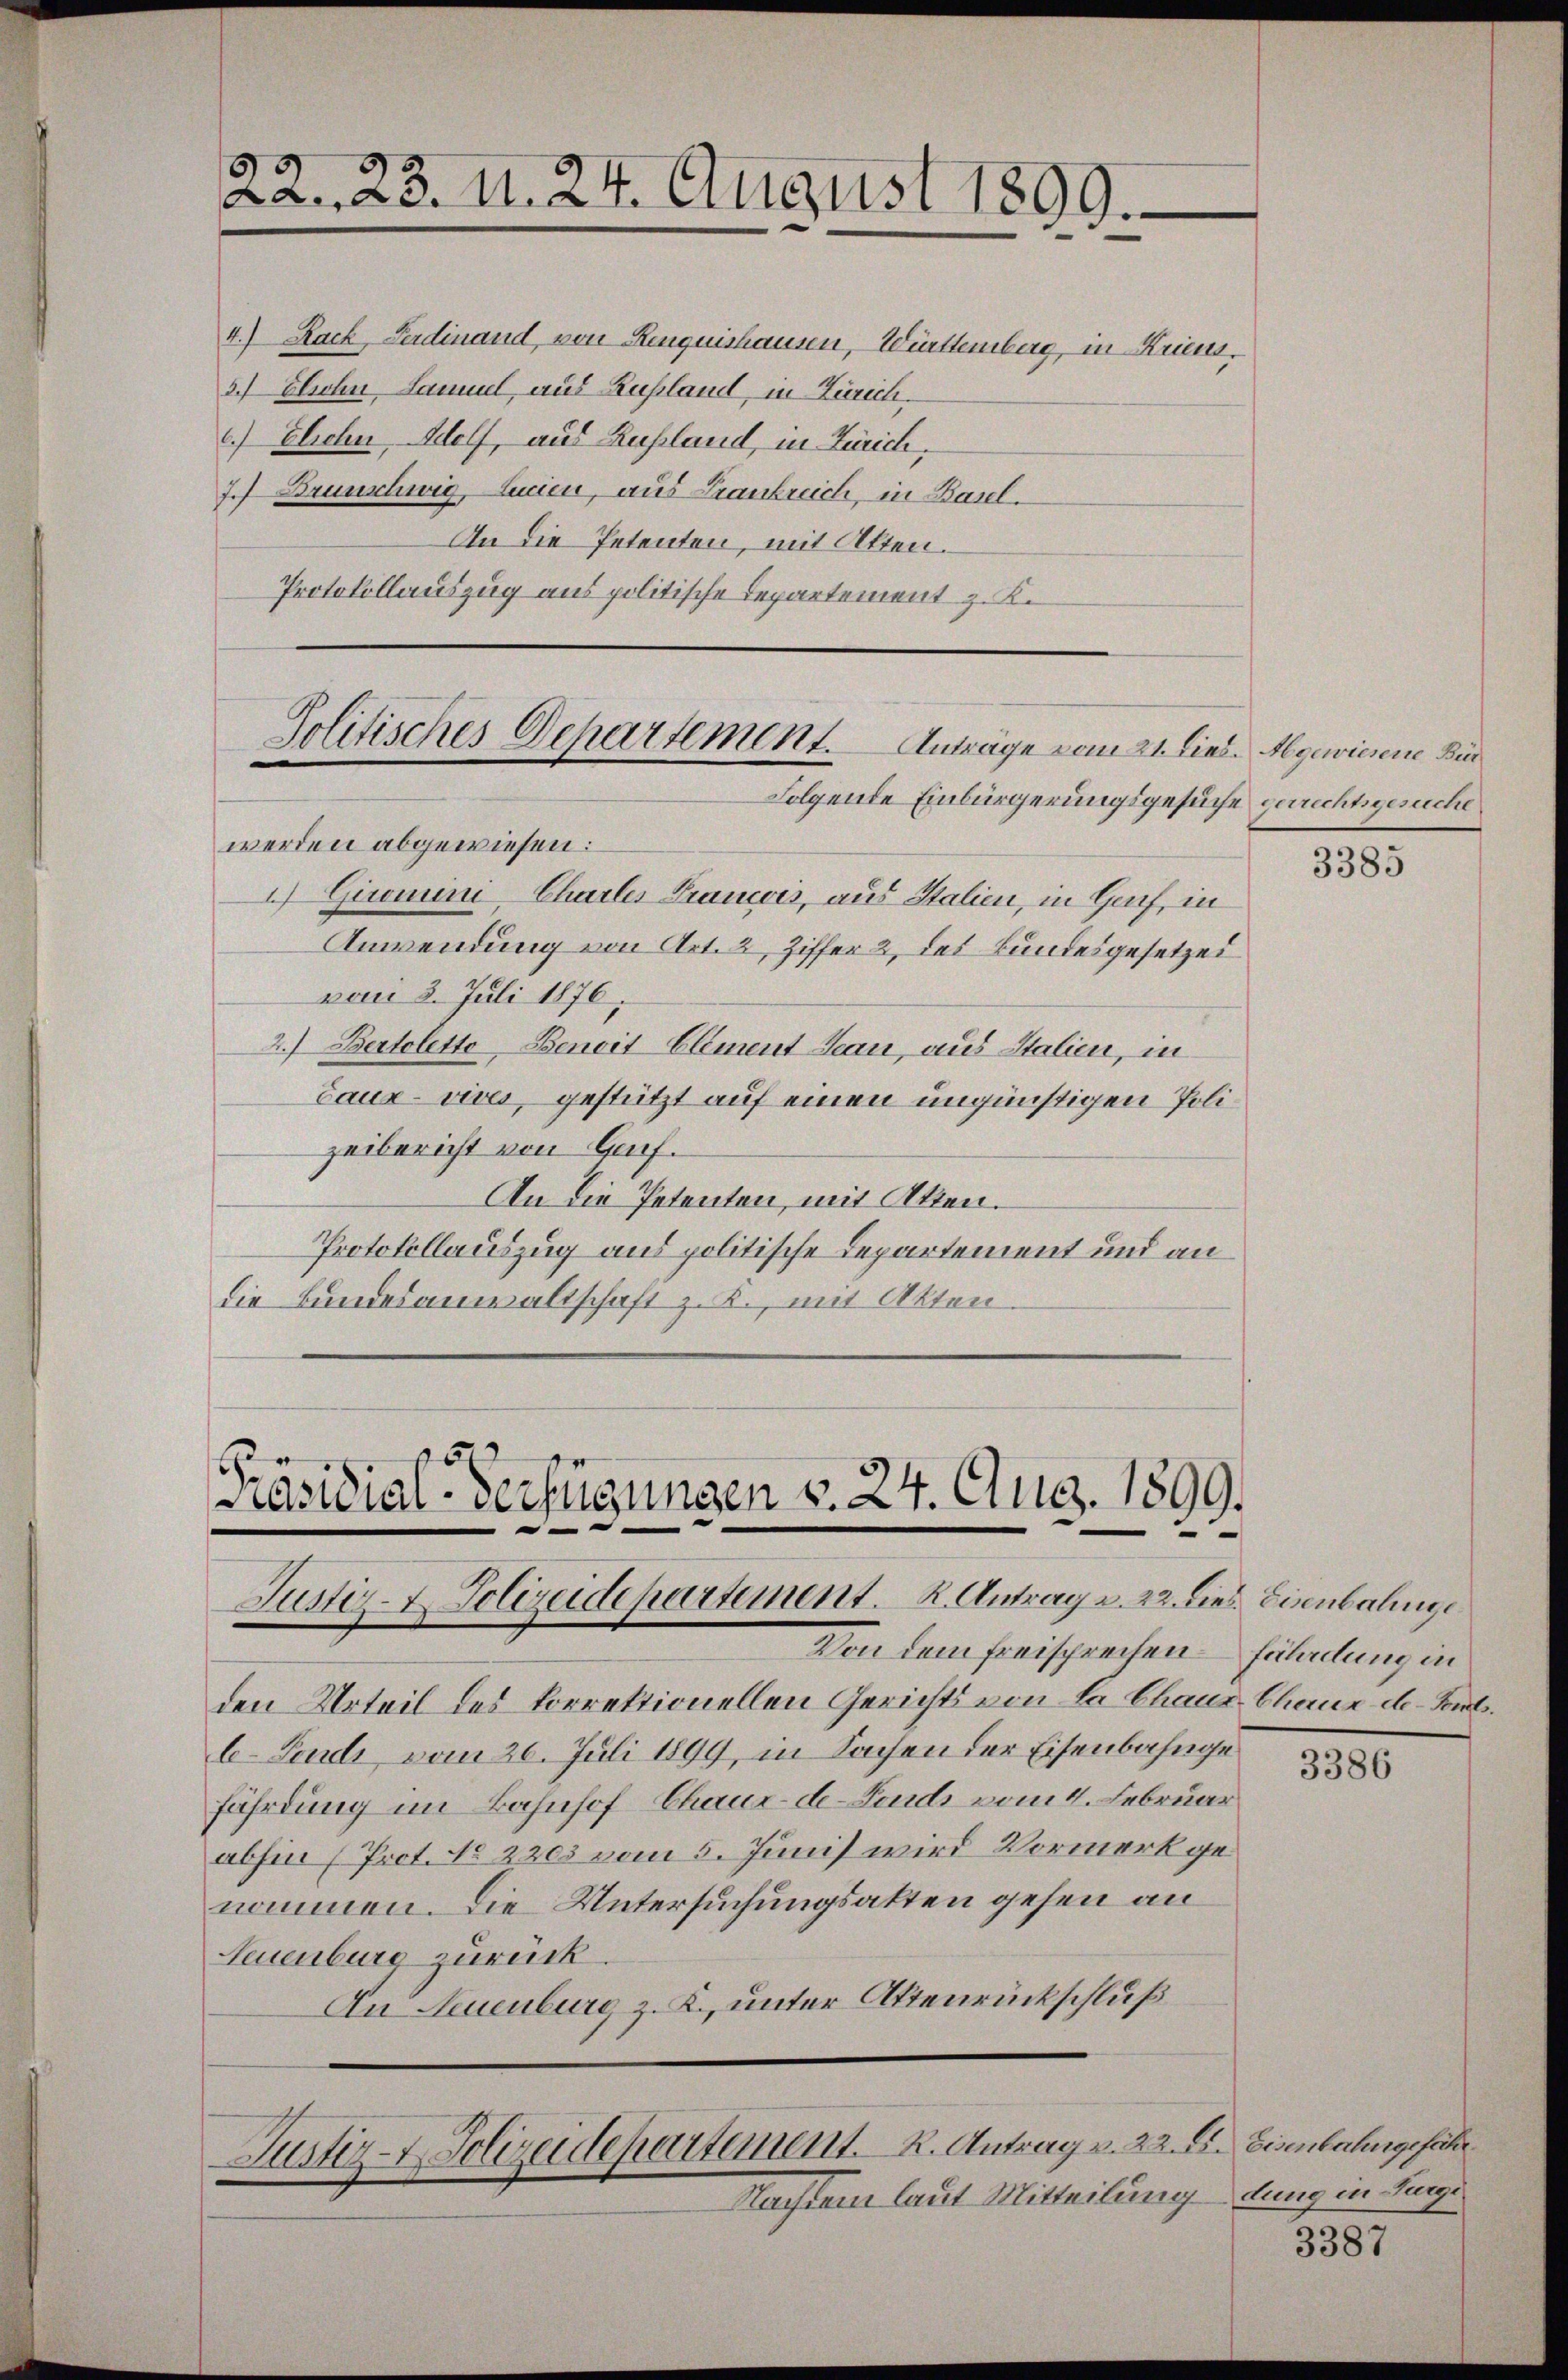
22. 23. d. 24. August 1899.

4.) Rack Ferdinand, von Rinquishausen, Württemberg, in Kriens,
3. Elsohn, Sammel, aus Rußland, in Zürich.
6.) Elicher Wolf, aus Rußland, in Zürich,
7.) Brunschwig, Lucien, aus Krankreich, in Basel¬
An die Petenten, mit Alten.
Protokollauszug aus politische Departement z. K.

Politisches Departement. Anträge vom 21. Dies. Abgewiesene Bur
Folgende Einbürgerungsgesuche gerrechtsgesucht

werden abgewiesen:
2 Giromini-Charter Francois, aus Stalien, in Genf, in
Anwendung von Art. 2, Ziffer 2, des Bundesgesetzes
vom 3. Juli 1876.
2.) Bertoletto-Benoit Element Jean, aus Stalien, in
caux-vives, gestützt auf einen ungünstigen Polizeibericht von Gaif.
An die Petenten, mit Atten.
Protokollauszug aus politische Departement und an
die Bundesanwaltschaft z. B., mit Akten

Präsidial-Verfügungen v. 24. Aug. 1899.
Justiz-Polizeidepartement. K. Antrag u. 22. dies Eisenbahnge
Von dem freisprechen

den Urteil des korrektionellen Gerichts von de Chaus Chaux de Paul.
l-Fendi, vom 26. Juli 1899, in Sachen der Eisenbahngefährdung im Bahnhof Chaux-de-Fonds vom 4. Februar
abhin (Prot. No 2203 vom 5. Junis wird Vormerk genommen. Die Untersuchungsakten gehen an
Neuenburg zurück.
An Neuenburg z. K. unter Attenrückschluß

Justiz-Polizeidepartement. R. Antrag v. 22. E. Eisenbahngefähr

Nachdem laut Mitteilung dung in Singe

3385

fährdung in

3386

3387